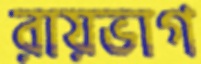
রায়ভাগ